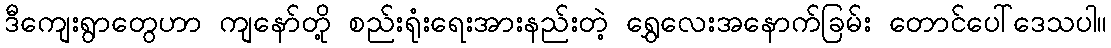
ဒီကျေးရွာတွေဟာ ကျနော်တို့ စည်းရုံးရေးအားနည်းတဲ့ ရွှေလေးအနောက်ခြမ်း တောင်ပေါ်ဒေသပါ။